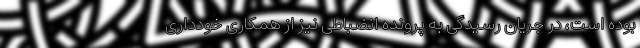
بوده است، در جریان رسیدگی به پرونده انضباطی نیز از همکاری خودداری